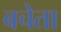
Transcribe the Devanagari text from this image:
बचेता